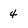
Character: 4